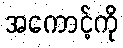
အကောင့်ကို